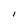
Character: I